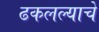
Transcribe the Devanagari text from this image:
ढकलल्याचे